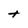
Character: t